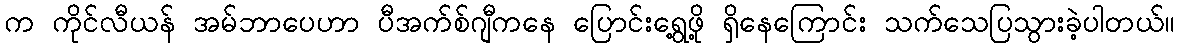
က ကိုင်လီယန် အမ်ဘာပေဟာ ပီအက်စ်ဂျီကနေ ပြောင်းရွေ့ဖို့ ရှိနေကြောင်း သက်သေပြသွားခဲ့ပါတယ်။